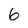
Character: 6